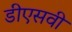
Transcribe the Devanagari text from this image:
डीएसवी